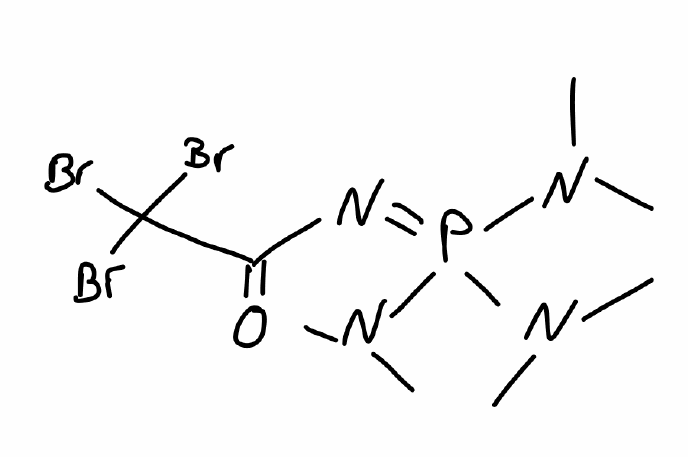
Simplified molecular-input line-entry system (SMILES) notation of the given molecule:
CN(C)P(=NC(=O)C(Br)(Br)Br)(N(C)C)N(C)C